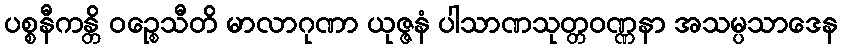
ပစ္စနီကန္တိ ဝဉ္စေသီတိ မာလာဂုဏာ ယုဇ္ဇနံ ပါသာဏသုတ္တဝဏ္ဏနာ အသမ္ပသာဒေန